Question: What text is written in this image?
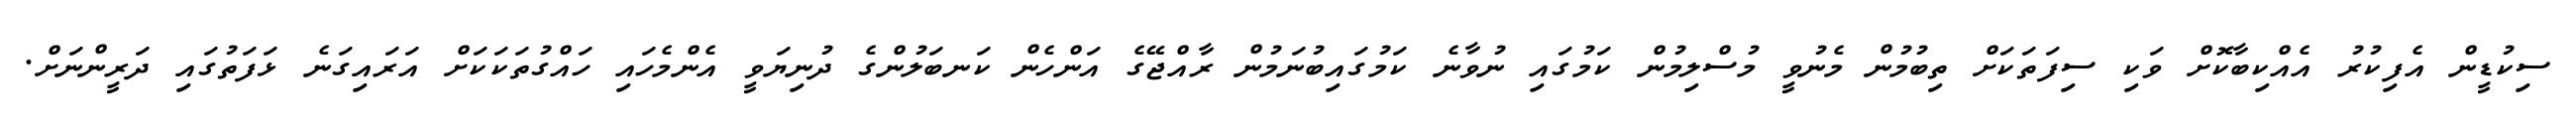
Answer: ސިކުޑީން އެފިކުރު އެއްކިބާކޮށް ވަކި ސިފަތަކަށް ތިބުމުން މެނުވީ މުސްލިމުން ކަމުގައި ނުވާނެ ކަމުގައިބުނަމުން ރާއްޖޭގެ އަންހެން ކަނބަލުންގެ ދުނިޔަވީ އެންމެހައި ހައްގުތަކަކަށް އަރައިގަނެ ޅަފަތުގައި ދަރީންނަށް.